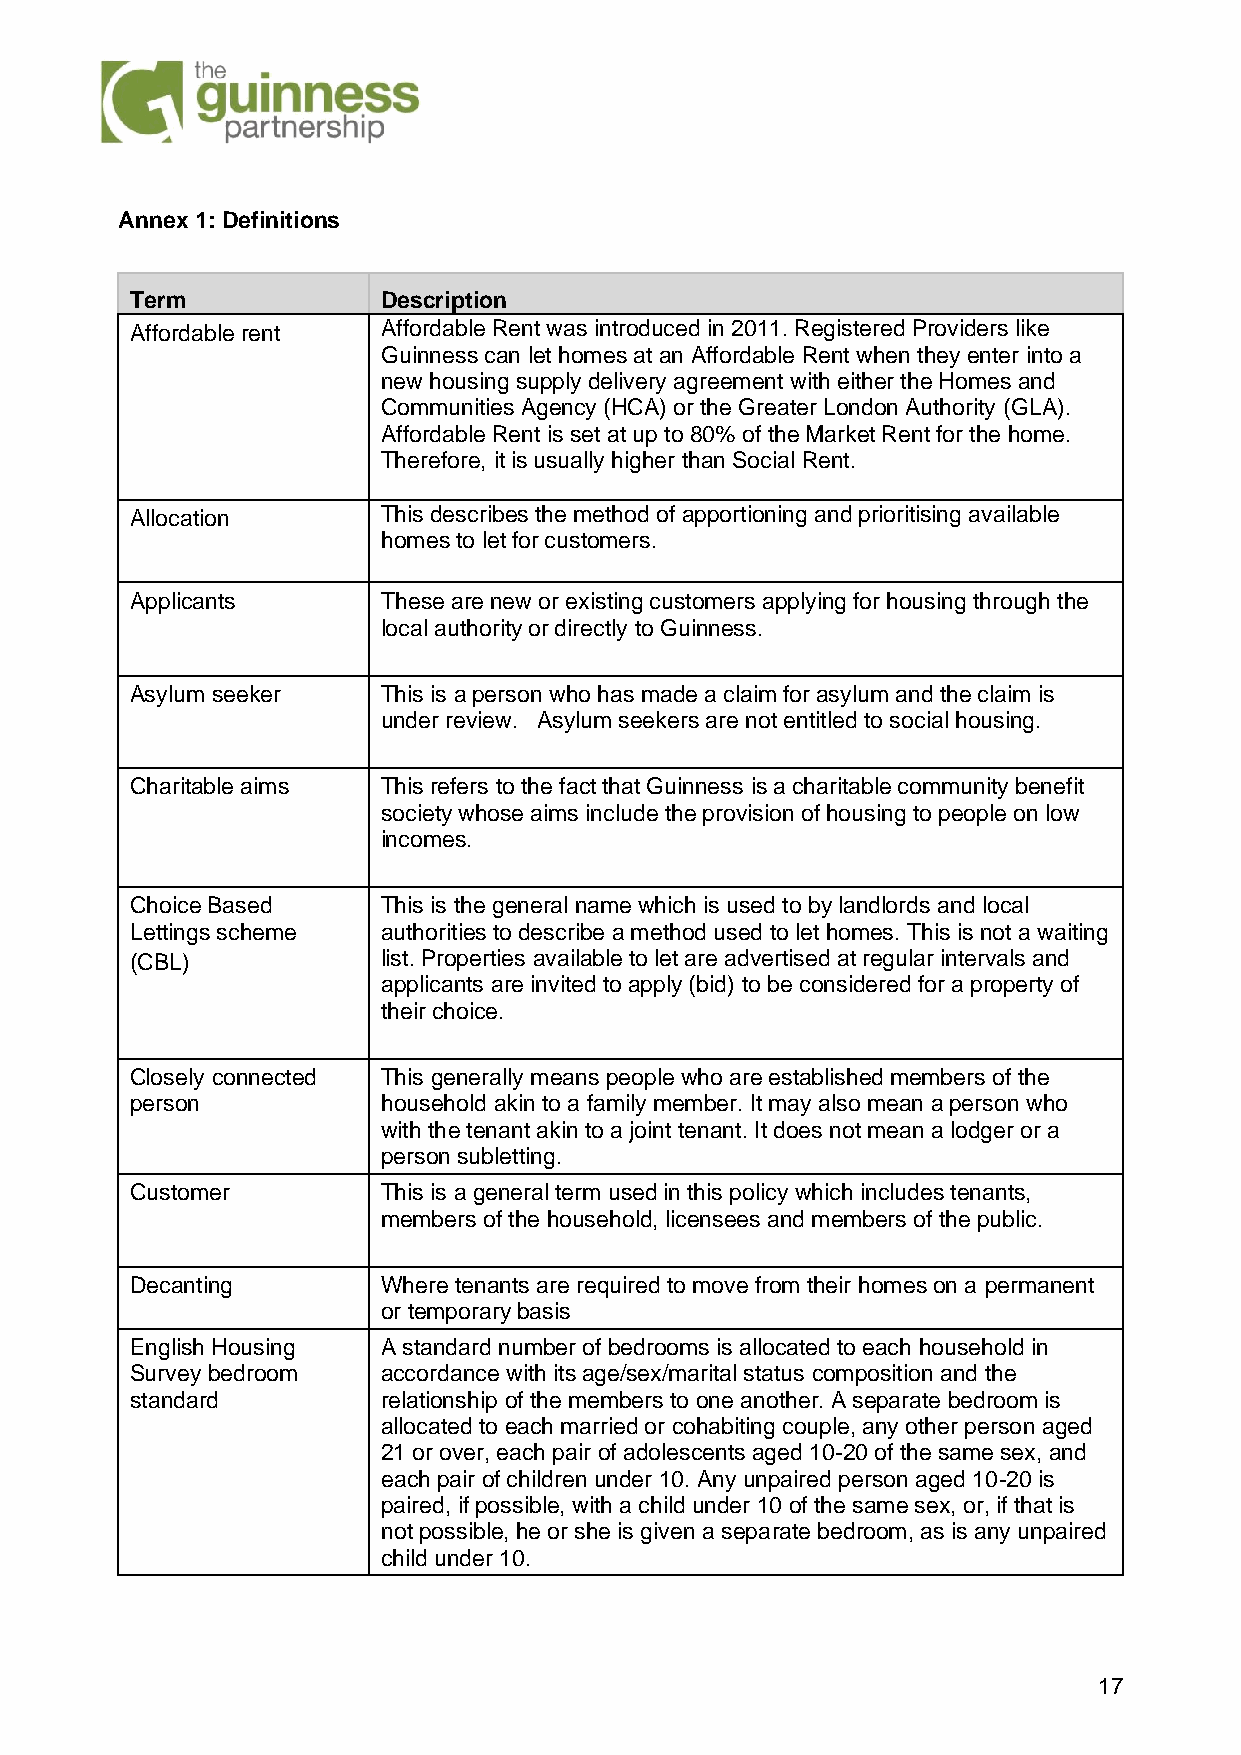
Annex 1: Definitions
 Term            Description
 Affordable rent Affordable Rent was introduced in 2011. Registered Providers like
 Guinness can let homes at an Affordable Rent when they enter into a
 new housing supply delivery agreement with either the Homes and
 Communities Agency (HCA) or the Greater London Authority (GLA).
 Affordable Rent is set at up to 80% of the Market Rent for the home.
 Therefore, it is usually higher than Social Rent.
 Allocation      This describes the method of apportioning and prioritising available
 homes to let for customers.
 Applicants      These are new or existing customers applying for housing through the
 local authority or directly to Guinness.
 Asylum seeker   This is a person who has made a claim for asylum and the claim is
 under review. Asylum seekers are not entitled to social housing.
 Charitable aims This refers to the fact that Guinness is a charitable community benefit
 society whose aims include the provision of housing to people on low
 incomes.
 Choice Based    This is the general name which is used to by landlords and local
 Lettings scheme authorities to describe a method used to let homes. This is not a waiting
 (CBL)           list. Properties available to let are advertised at regular intervals and
 applicants are invited to apply (bid) to be considered for a property of
 their choice.
 Closely connected This generally means people who are established members of the
 person          household akin to a family member. It may also mean a person who
 with the tenant akin to a joint tenant. It does not mean a lodger or a
 person subletting.
 Customer        This is a general term used in this policy which includes tenants,
 members of the household, licensees and members of the public.
 Decanting       Where tenants are required to move from their homes on a permanent
 or temporary basis
 English Housing A standard number of bedrooms is allocated to each household in
 Survey bedroom  accordance with its age/sex/marital status composition and the
 standard        relationship of the members to one another. A separate bedroom is
 allocated to each married or cohabiting couple, any other person aged
 21 or over, each pair of adolescents aged 10-20 of the same sex, and
 each pair of children under 10. Any unpaired person aged 10-20 is
 paired, if possible, with a child under 10 of the same sex, or, if that is
 not possible, he or she is given a separate bedroom, as is any unpaired
 child under 10.
 17